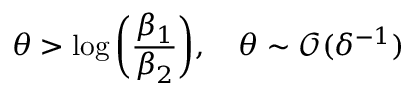
\theta > \log { \left( \frac { \beta _ { 1 } } { \beta _ { 2 } } \right) } , \quad \theta \sim \mathcal { O } ( \delta ^ { - 1 } )